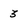
Character: 3